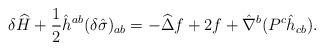
LaTeX: \begin{align*}\delta \widehat H +\frac{1}{2} \hat h^{ab} (\delta \hat \sigma)_{ab} =- \widehat \Delta f +2 f + \hat \nabla^b( P^c \hat h_{cb}).\end{align*}